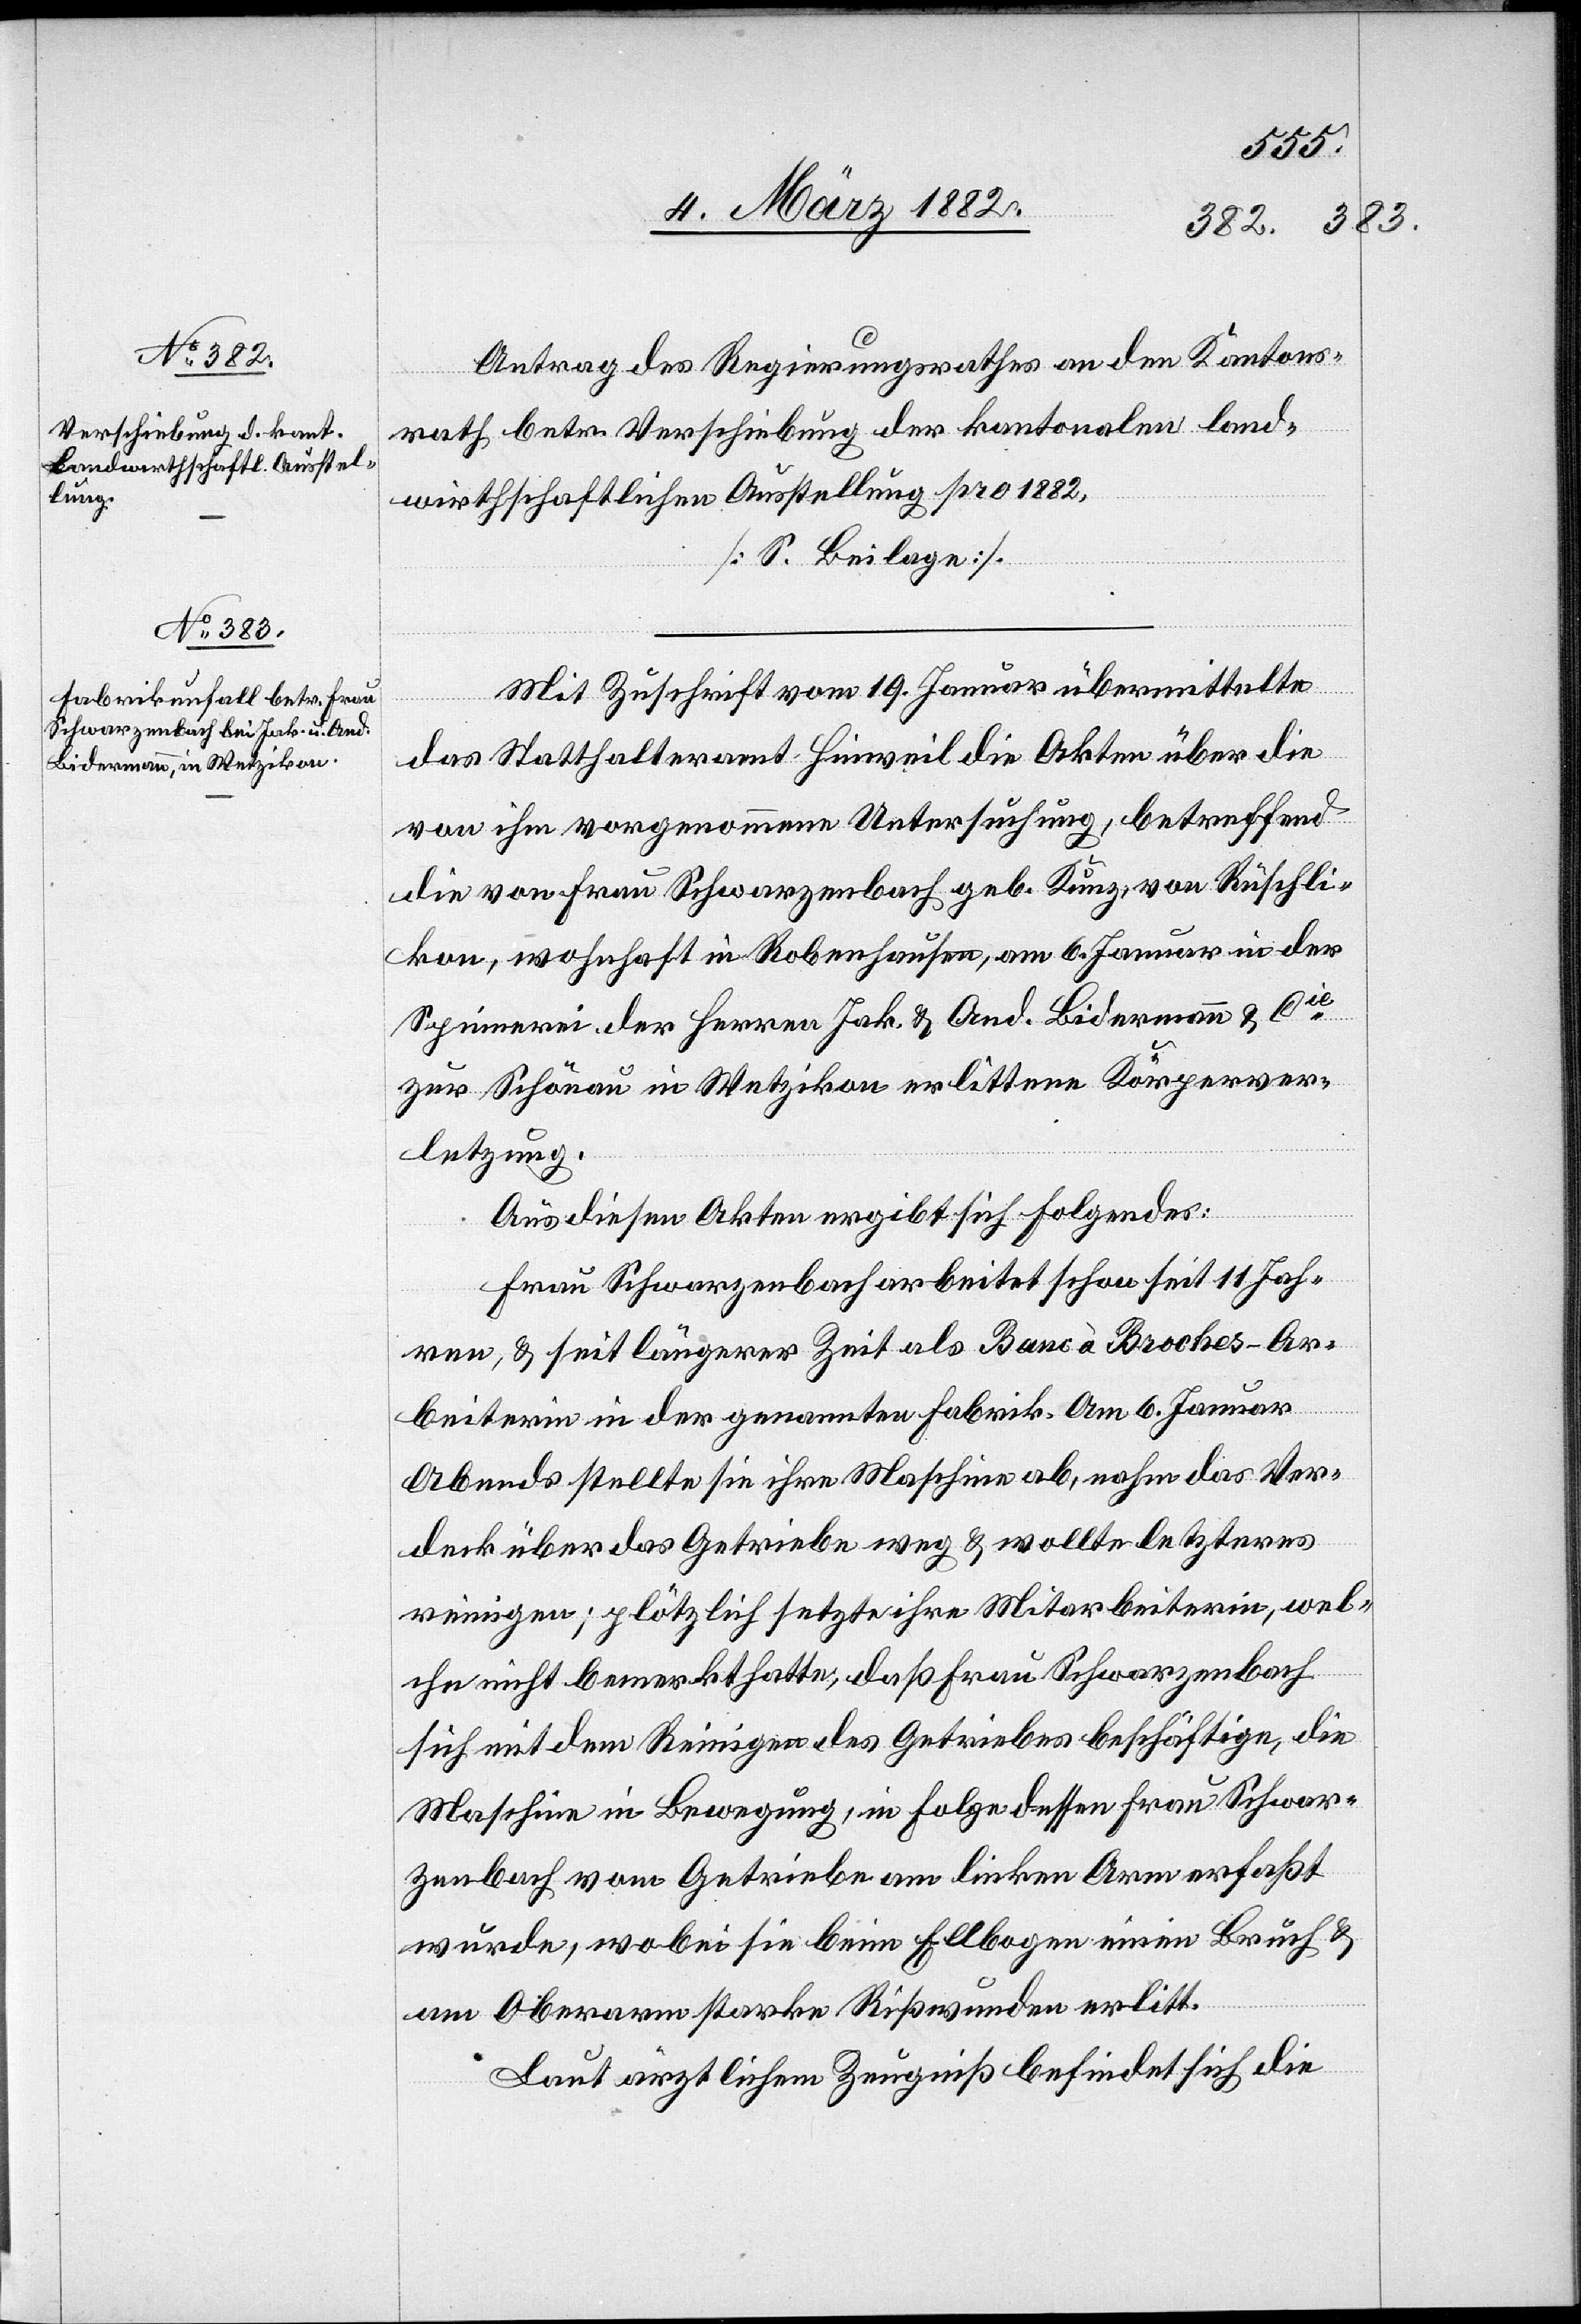
Antrag des Regierungsrathes an den Kantons¬
rath betr. Verschiebung der kantonalen land¬
wirtschaftlichen Ausstellung pro 1882,
[S. Beilage].
Mit Zuschrift vom 19. Januar übermittelte
das Statthalteramt Hinweil die Akten über die
von ihm vorgenommene Untersuchung, betreffend
die von Frau Schwarzenbach geb. Kunz, von Rüschli¬
kon, wohnhaft in Robenhausen, am 6. Januar in der
Spinnerei der Herren Jak. & And. Bidermann & Cie
zur Schönau in Wetzikon erlittenen Körperver¬
letzung.
Aus diesen Akten ergibt sich Folgendes:
Frau Schwarzenbach arbeitet schon seit 11 Jah¬
ren, & seit längerer Zeit als Banc à Broches-Ar¬
beiterin in der genannten Fabrik. Am 6. Januar
Abend stellte sie ihre Maschine ab, nahm das Ver¬
deck über das Getriebe weg & wollte letzteres
reinigen; plötzlich setzte ihre Mitarbeiterin, wel¬
che nicht bemerkte hatte, daß Frau Schwarzenbach
sich mit dem Reinigen des Getriebes beschäftigte, die
Maschine in Bewegung, in Folge dessen Frau Schwar¬
zenbach vom Getriebe am linken Arm erfaßt
wurde, wobei sie beim Ellbogen einen Bruch &
am Oberarm starke Rißwunden erlitt.
Laut ärztlichem Zeugniß befindet sich die